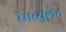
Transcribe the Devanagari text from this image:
रॅमब्युलेट